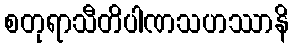
စတုရာသီတိပါဏသဟဿာနိ